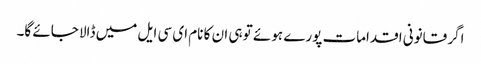
اگر قانونی اقدامات پورے ہوئے تو ہی ان کا نام ای سی ایل میں ڈالا جائے گا۔